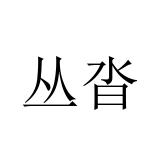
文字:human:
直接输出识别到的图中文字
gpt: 丛沓